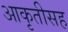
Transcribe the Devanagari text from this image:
आकृतीसह